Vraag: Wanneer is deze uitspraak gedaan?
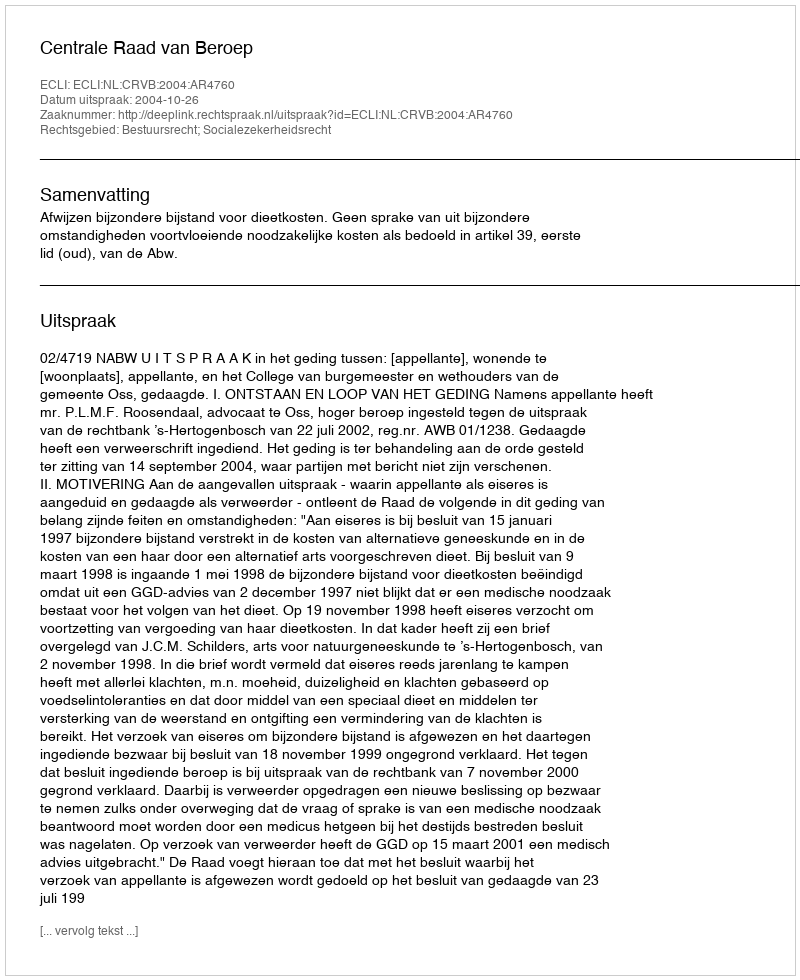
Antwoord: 2004-10-26